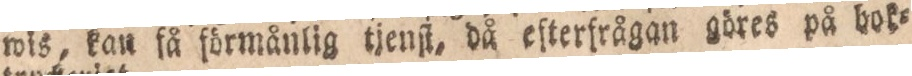
wis, kan få förmånlig tjenſt, då efterfrågan göres på bok=